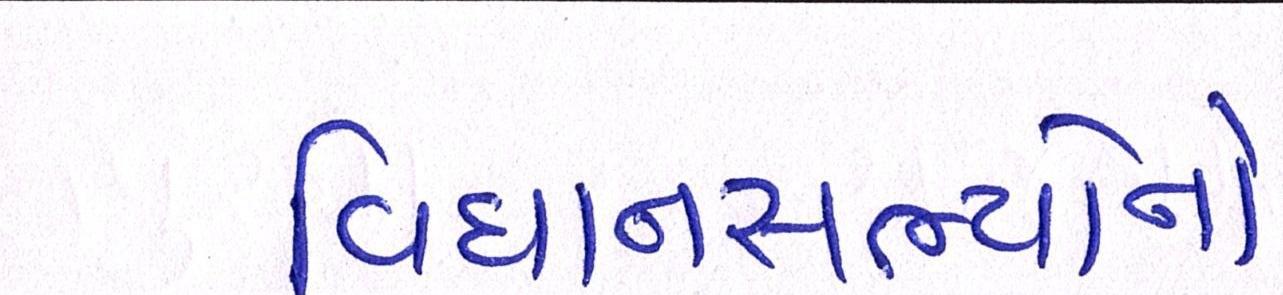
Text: વિધાનસભ્યોનો